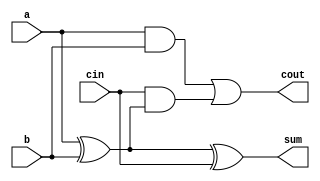
module FA( 
    input a, b, cin,
    output cout, sum );
    
    assign sum = a^b^cin;
    assign cout = (a&b) | cin&(a^b);

endmodule

module top_module( 
    input [99:0] a, b,
    input cin,
    output [99:0] cout,
    output [99:0] sum );
    
    generate
        genvar i;
        for(i=0;i<100;i=i+1) begin: Extending_Adder
            if(i==0)
                FA tmp1(a[i],b[i],cin,cout[i],sum[i]);
            else
                FA tmp2(a[i],b[i],cout[i-1],cout[i],sum[i]);
        end
    endgenerate

endmodule